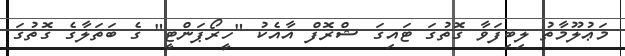
މަޢުލޫމާތު ލިބިފަވާ ގޮތުގަ ޓައިގަ ޝްރޮފް އާއެކު "ހީރޯޕަންޓީ" ގެ ބަތަލާގެ ގޮތުގަ